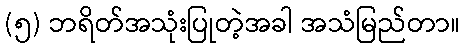
(၅) ဘရိတ်အသုံးပြုတဲ့အခါ အသံမြည်တာ။